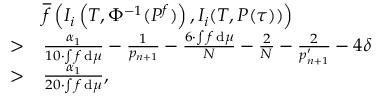
\begin{array} { r l } & { \overline { { f } } \left( I _ { i } \left( T , \Phi ^ { - 1 } ( P ^ { f } ) \right) , I _ { i } ( T , P ( \tau ) ) \right) } \\ { > } & { \frac { \alpha _ { 1 } } { 1 0 \cdot \int f \, \mathrm { d } \mu } - \frac { 1 } { p _ { n + 1 } } - \frac { 6 \cdot \int f \, \mathrm { d } \mu } { N } - \frac { 2 } { N } - \frac { 2 } { p _ { n + 1 } ^ { \prime } } - 4 \delta } \\ { > } & { \frac { \alpha _ { 1 } } { 2 0 \cdot \int f \, \mathrm { d } \mu } , } \end{array}